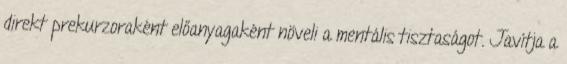
direkt prekurzoraként előanyagaként növeli a mentális tisztaságot. Javítja a